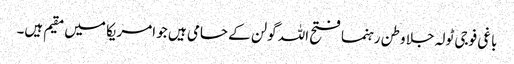
باغی فوجی ٹولہ جلا وطن رہنما فتح اللہ گولن کے حامی ہیں جو امریکا میں مقیم ہیں۔